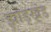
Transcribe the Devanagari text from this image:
झाड़खंड